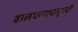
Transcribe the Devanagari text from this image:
बालपणापासूनची